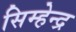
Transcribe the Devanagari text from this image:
सिम्हेन्द्र